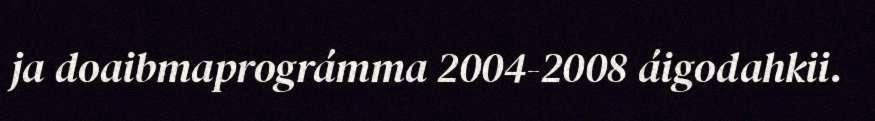
ja doaibmaprográmma 2004-2008 áigodahkii.